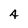
Character: 4